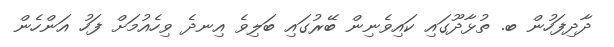
ދާދިފަހުން ބ. ތުޅާދޫގައި ކައިވެނިން ބޭރުގައި ބަލިވެ އިނދެ ވިހެއުމަށް ފަހު އަންހެން